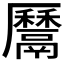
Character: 𩱔